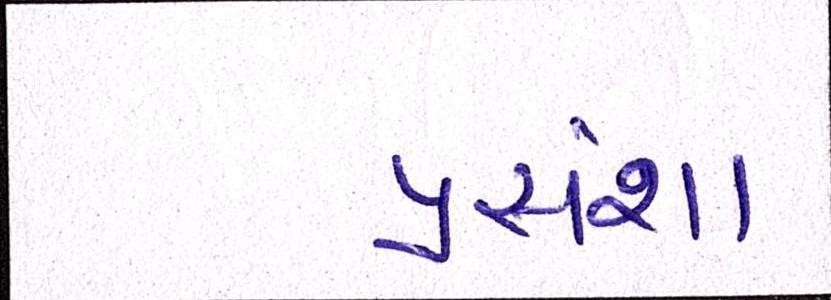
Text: પ્રસંશા